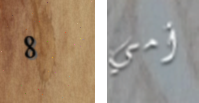
8 أمي